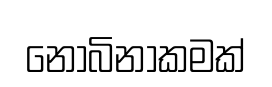
නෝබිනාකමක්